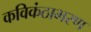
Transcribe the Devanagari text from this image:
कविकंठाभरण